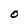
Character: 0